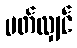
ပတ်လျှင်